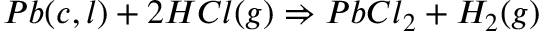
P b ( c , l ) + 2 H C l ( g ) \Rightarrow P b C l _ { 2 } + H _ { 2 } ( g )